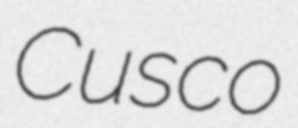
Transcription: Cusco